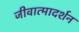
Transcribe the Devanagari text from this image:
जीवात्मादर्शन